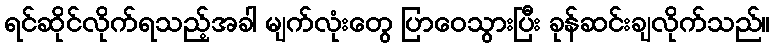
ရင်ဆိုင်လိုက်ရသည့်အခါ မျက်လုံးတွေ ပြာဝေသွားပြီး ခုန်ဆင်းချလိုက်သည်။